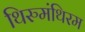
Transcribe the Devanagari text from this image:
थिरुमंथिरम